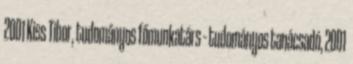
2001 Kiss Tibor, tudományos főmunkatárs – tudományos tanácsadó, 2001